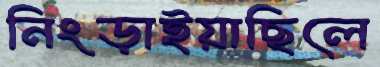
নিংড়াইয়াছিলে